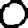
Digit: 0